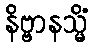
နိဗ္ဗာနသ္မိံ